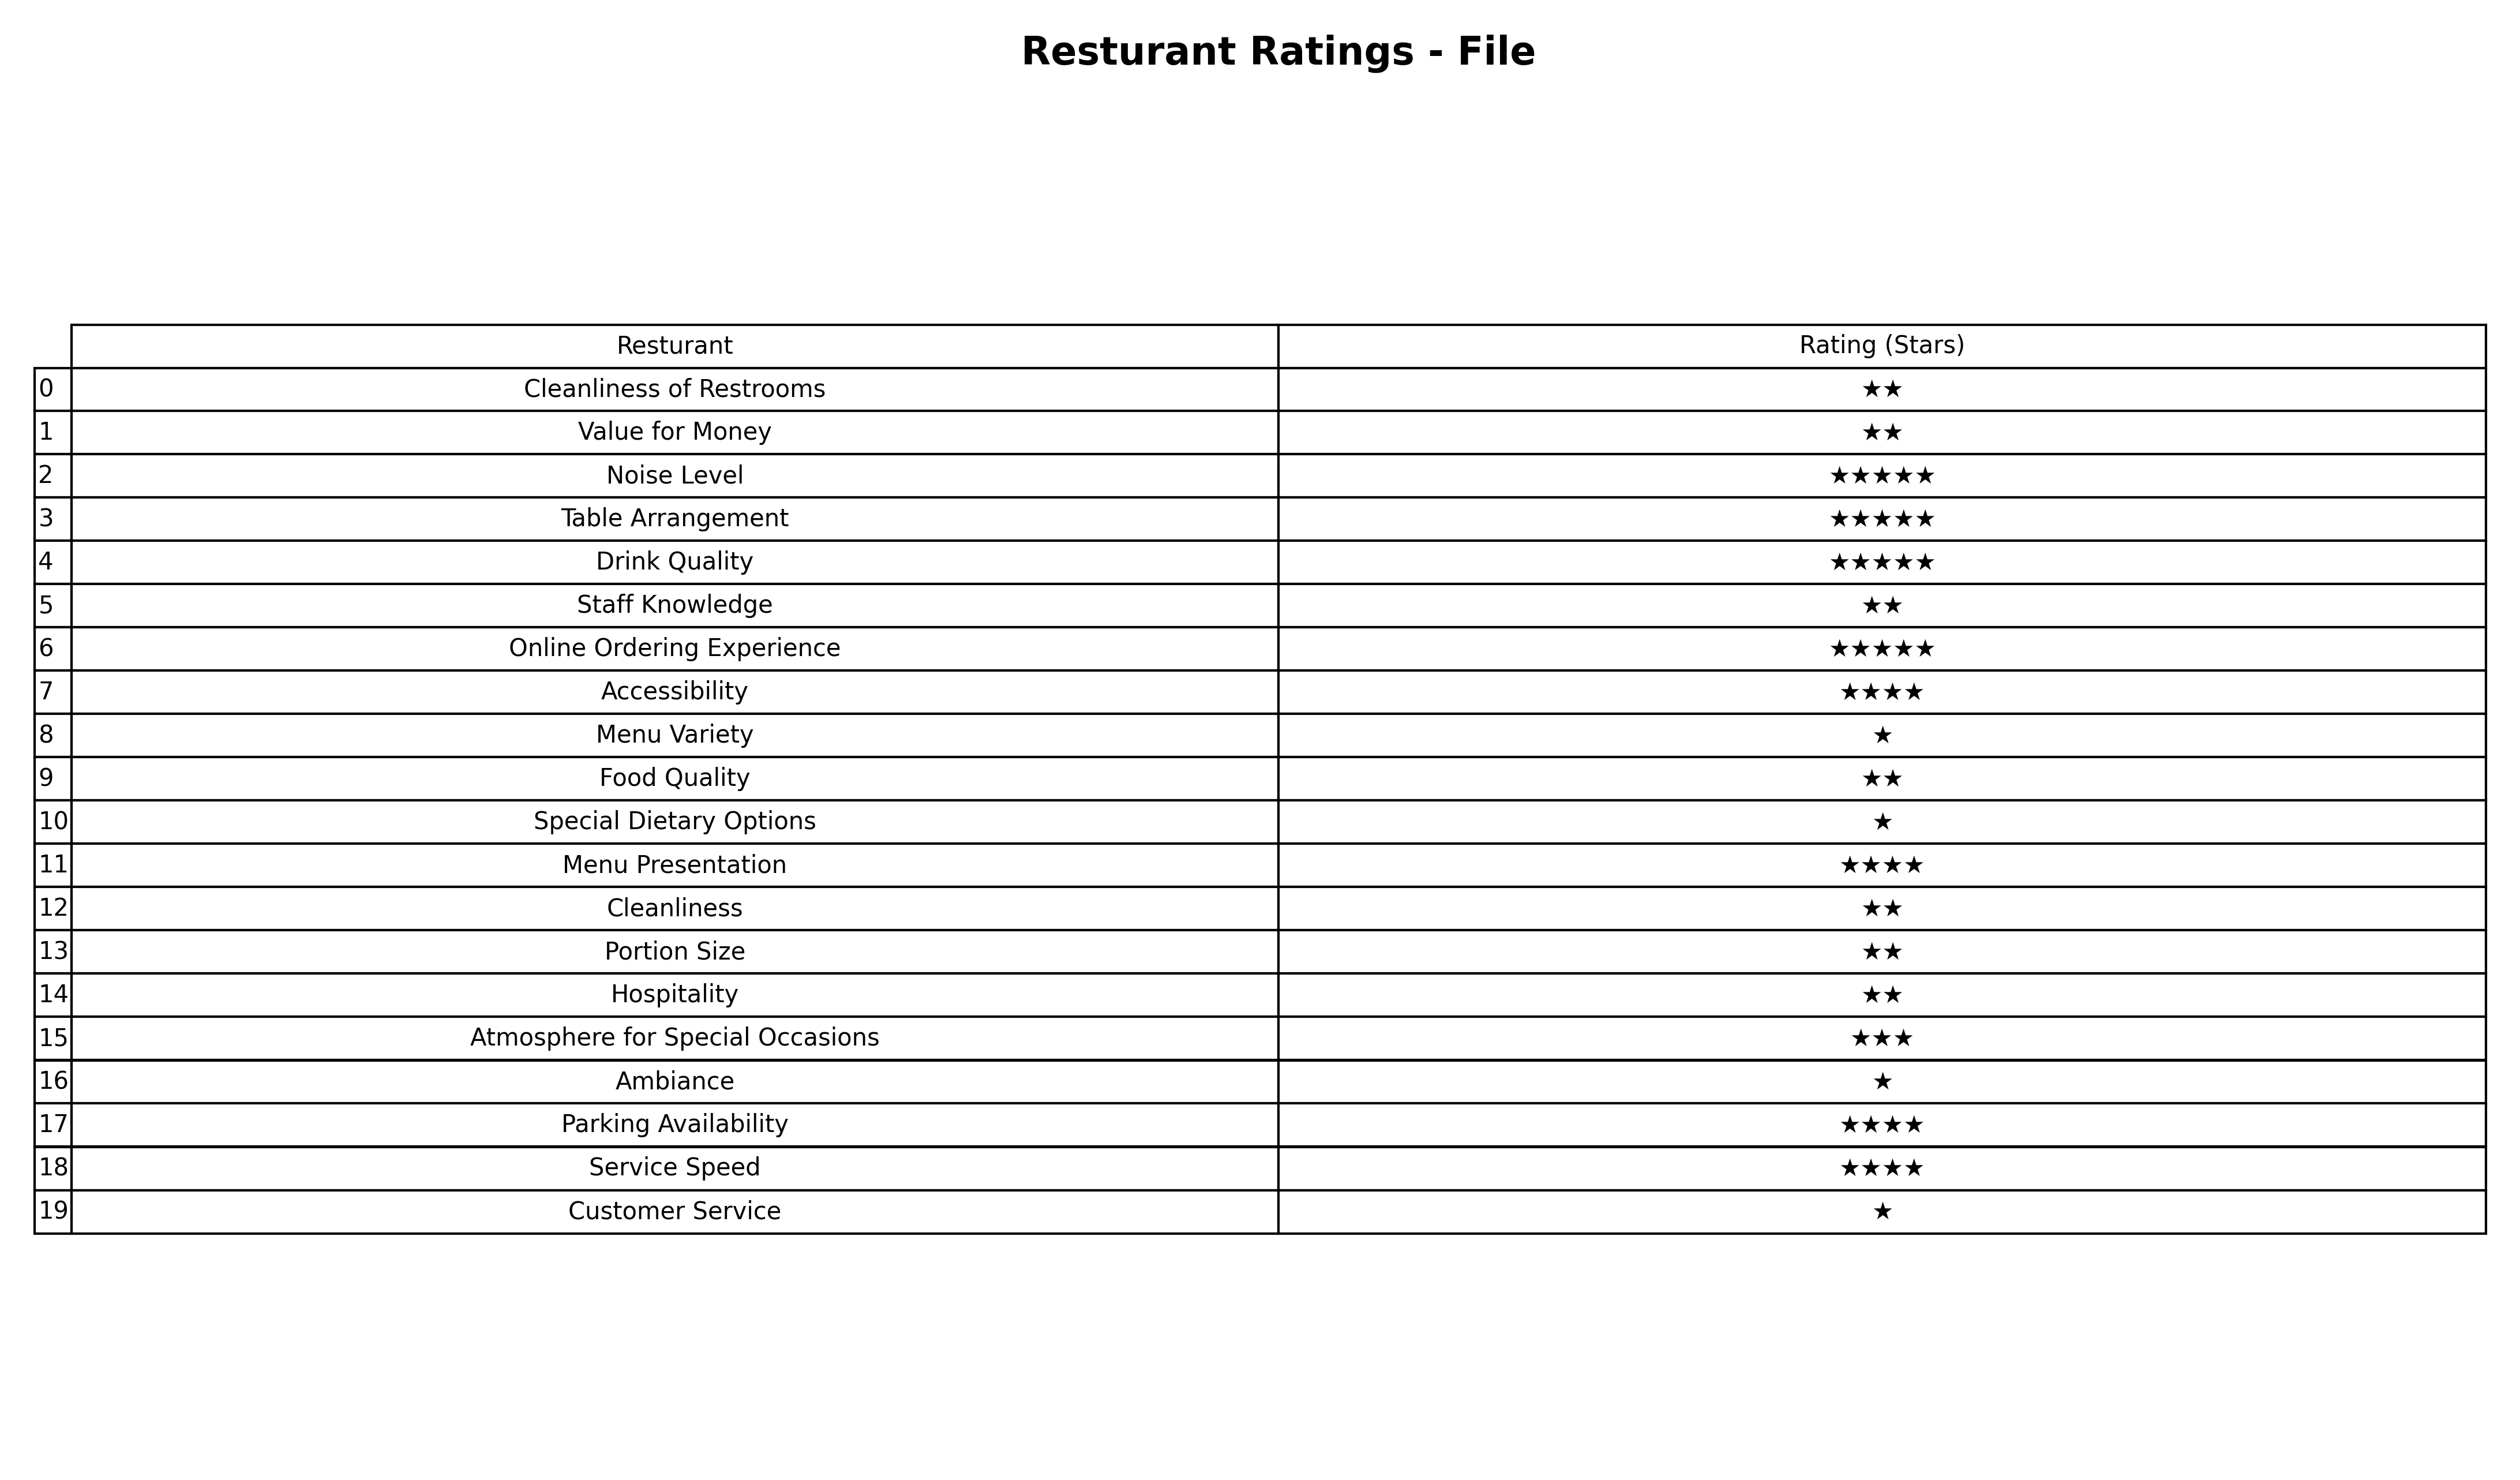
question: What are one star services?
answer: Menu VarietySpecial Dietary OptionsAmbianceCustomer Service